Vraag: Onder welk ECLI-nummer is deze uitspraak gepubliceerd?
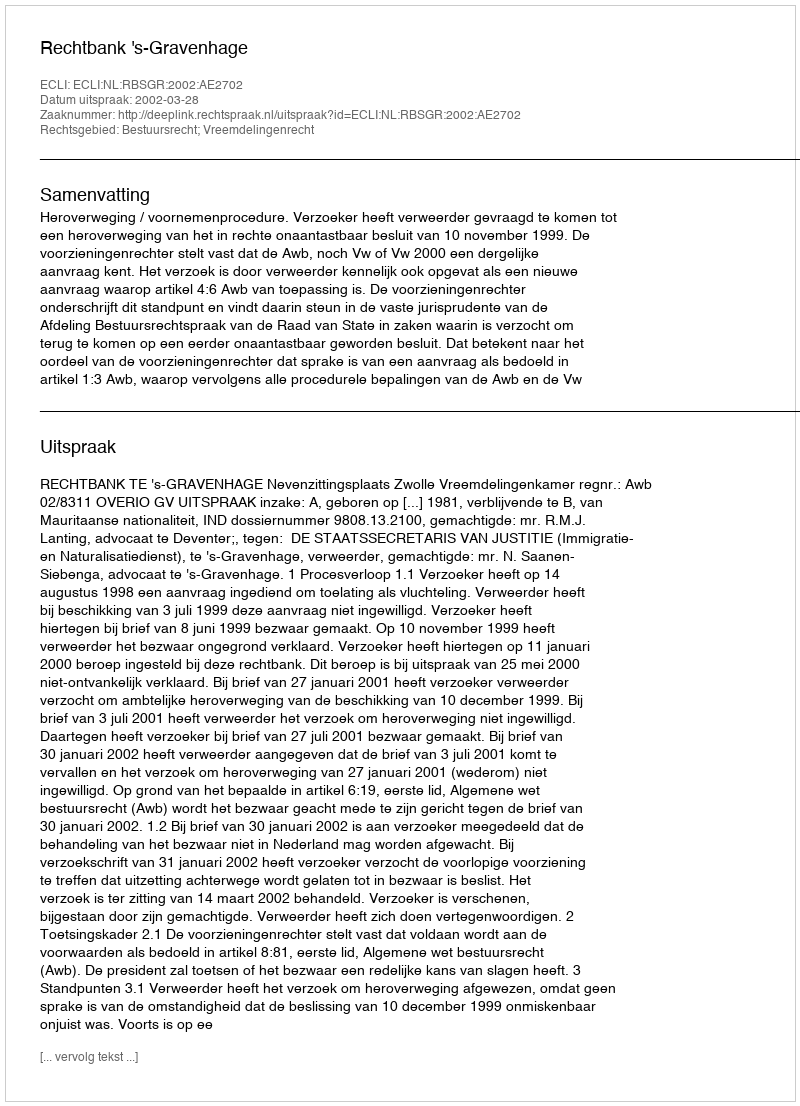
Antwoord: ECLI:NL:RBSGR:2002:AE2702